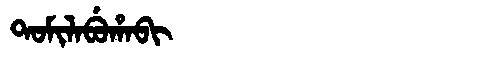
Manchu: ᡨᠣᠮᡳᠯᠠᠪᡠᡥᠠᠪᡳ
Romanization: TOMILABUHABI